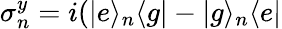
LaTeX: \sigma_{n}^{y}=i(|e\rangle_{n}\langle g|-|g\rangle_{n}\langle e|